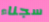
سجناء